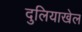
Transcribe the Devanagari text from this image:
दुलियाखेल